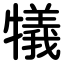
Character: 犠